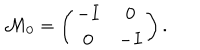
LaTeX: { \cal M } _ { 0 } = \left( \begin{matrix} { { - I } } & { { 0 } } \\ { { 0 } } & { { - I } } \\ \end{matrix} \right) .